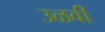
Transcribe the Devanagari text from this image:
उळवी